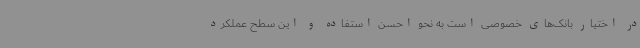
در اختیار بانک‌های خصوصی است به نحو احسن استفاده و این سطح عملکرد